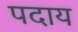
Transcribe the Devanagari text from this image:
पदाय